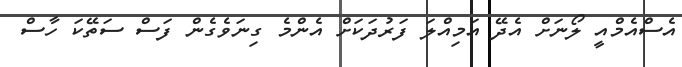
އެސްއެމްއީ ލޯނަށް އެދޭ އަމިއްލަ ފަރުދަކަށް އެންމެ ގިނަވެގެން ފަސް ސަތޭކަ ހާސް